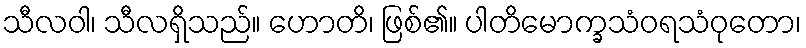
သီလဝါ၊ သီလရှိသည်။ ဟောတိ၊ ဖြစ်၏။ ပါတိမောက္ခသံဝရသံဝုတော၊